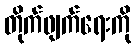
တိုက်ဖျက်ရေးကို